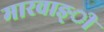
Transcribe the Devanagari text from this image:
मारवाङ्ी